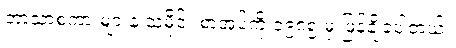
ဘာသာစကားများနဲ့ သမိုင်း စာအုပ်ကို ၁၉၈၅ မှ ဖြန့်ချိခဲ့ပါတယ်။